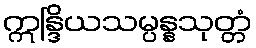
ဣန္ဒြိယသမ္ပန္နသုတ္တံ